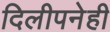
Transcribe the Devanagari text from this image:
दिलीपनेही